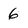
Character: 6